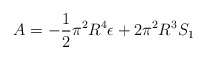
\begin{align*}A = -\frac{1}{2} \pi^2 R^4 \epsilon + 2 \pi^2 R^3 S_1\end{align*}